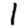
Digit: 1